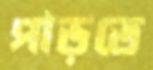
পাড়তে